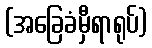
(အခြေခံမှီရာရုပ်)